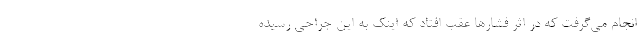
انجام می‌گرفت که در اثر فشارها عقب افتاد که اینک به این جراحی رسیده